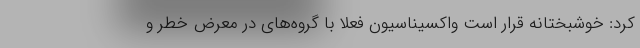
کرد: خوشبختانه قرار است واکسیناسیون فعلا با گروه‌های در معرض خطر و